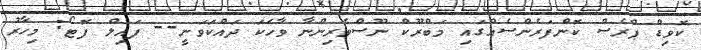
ކޮވިޑް ޕްރެސް ކޮންފަރެންސެއްގައި މަބްރޫކް ނޫސްވެރިންނާ ވާހަކަ ދައްކަވަނީ-- ފައިލް ފޮޓޯ: މިހާރު